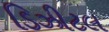
ડિઝીટલ